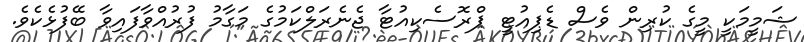
ޝަމީމަކީ މީގެ ކުރިން ވެސް ޑެޕިއުޓީ ޕްރޮސެކިއުޓާ ޖެނެރަލްކަމުގެ މަގާމު ފުރުއްވާފައިވާ ބޭފުޅެކެވެ.